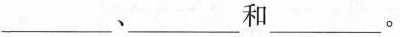
___、___和___。